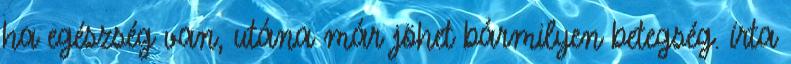
ha egészség van, utána már jöhet bármilyen betegség. írta